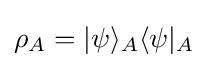
\rho _{A}=|\psi \rangle _{A}\langle \psi |_{A}